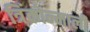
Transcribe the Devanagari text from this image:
त्रिंकोन्माली